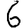
Digit: 6